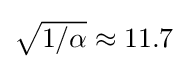
{\textstyle {\sqrt {{1}/{\alpha }}}\approx 11.7}